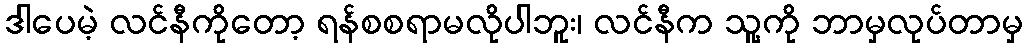
ဒါပေမဲ့ လင်နီကိုတော့ ရန်စစရာမလိုပါဘူး၊ လင်နီက သူ့ကို ဘာမှလုပ်တာမှ